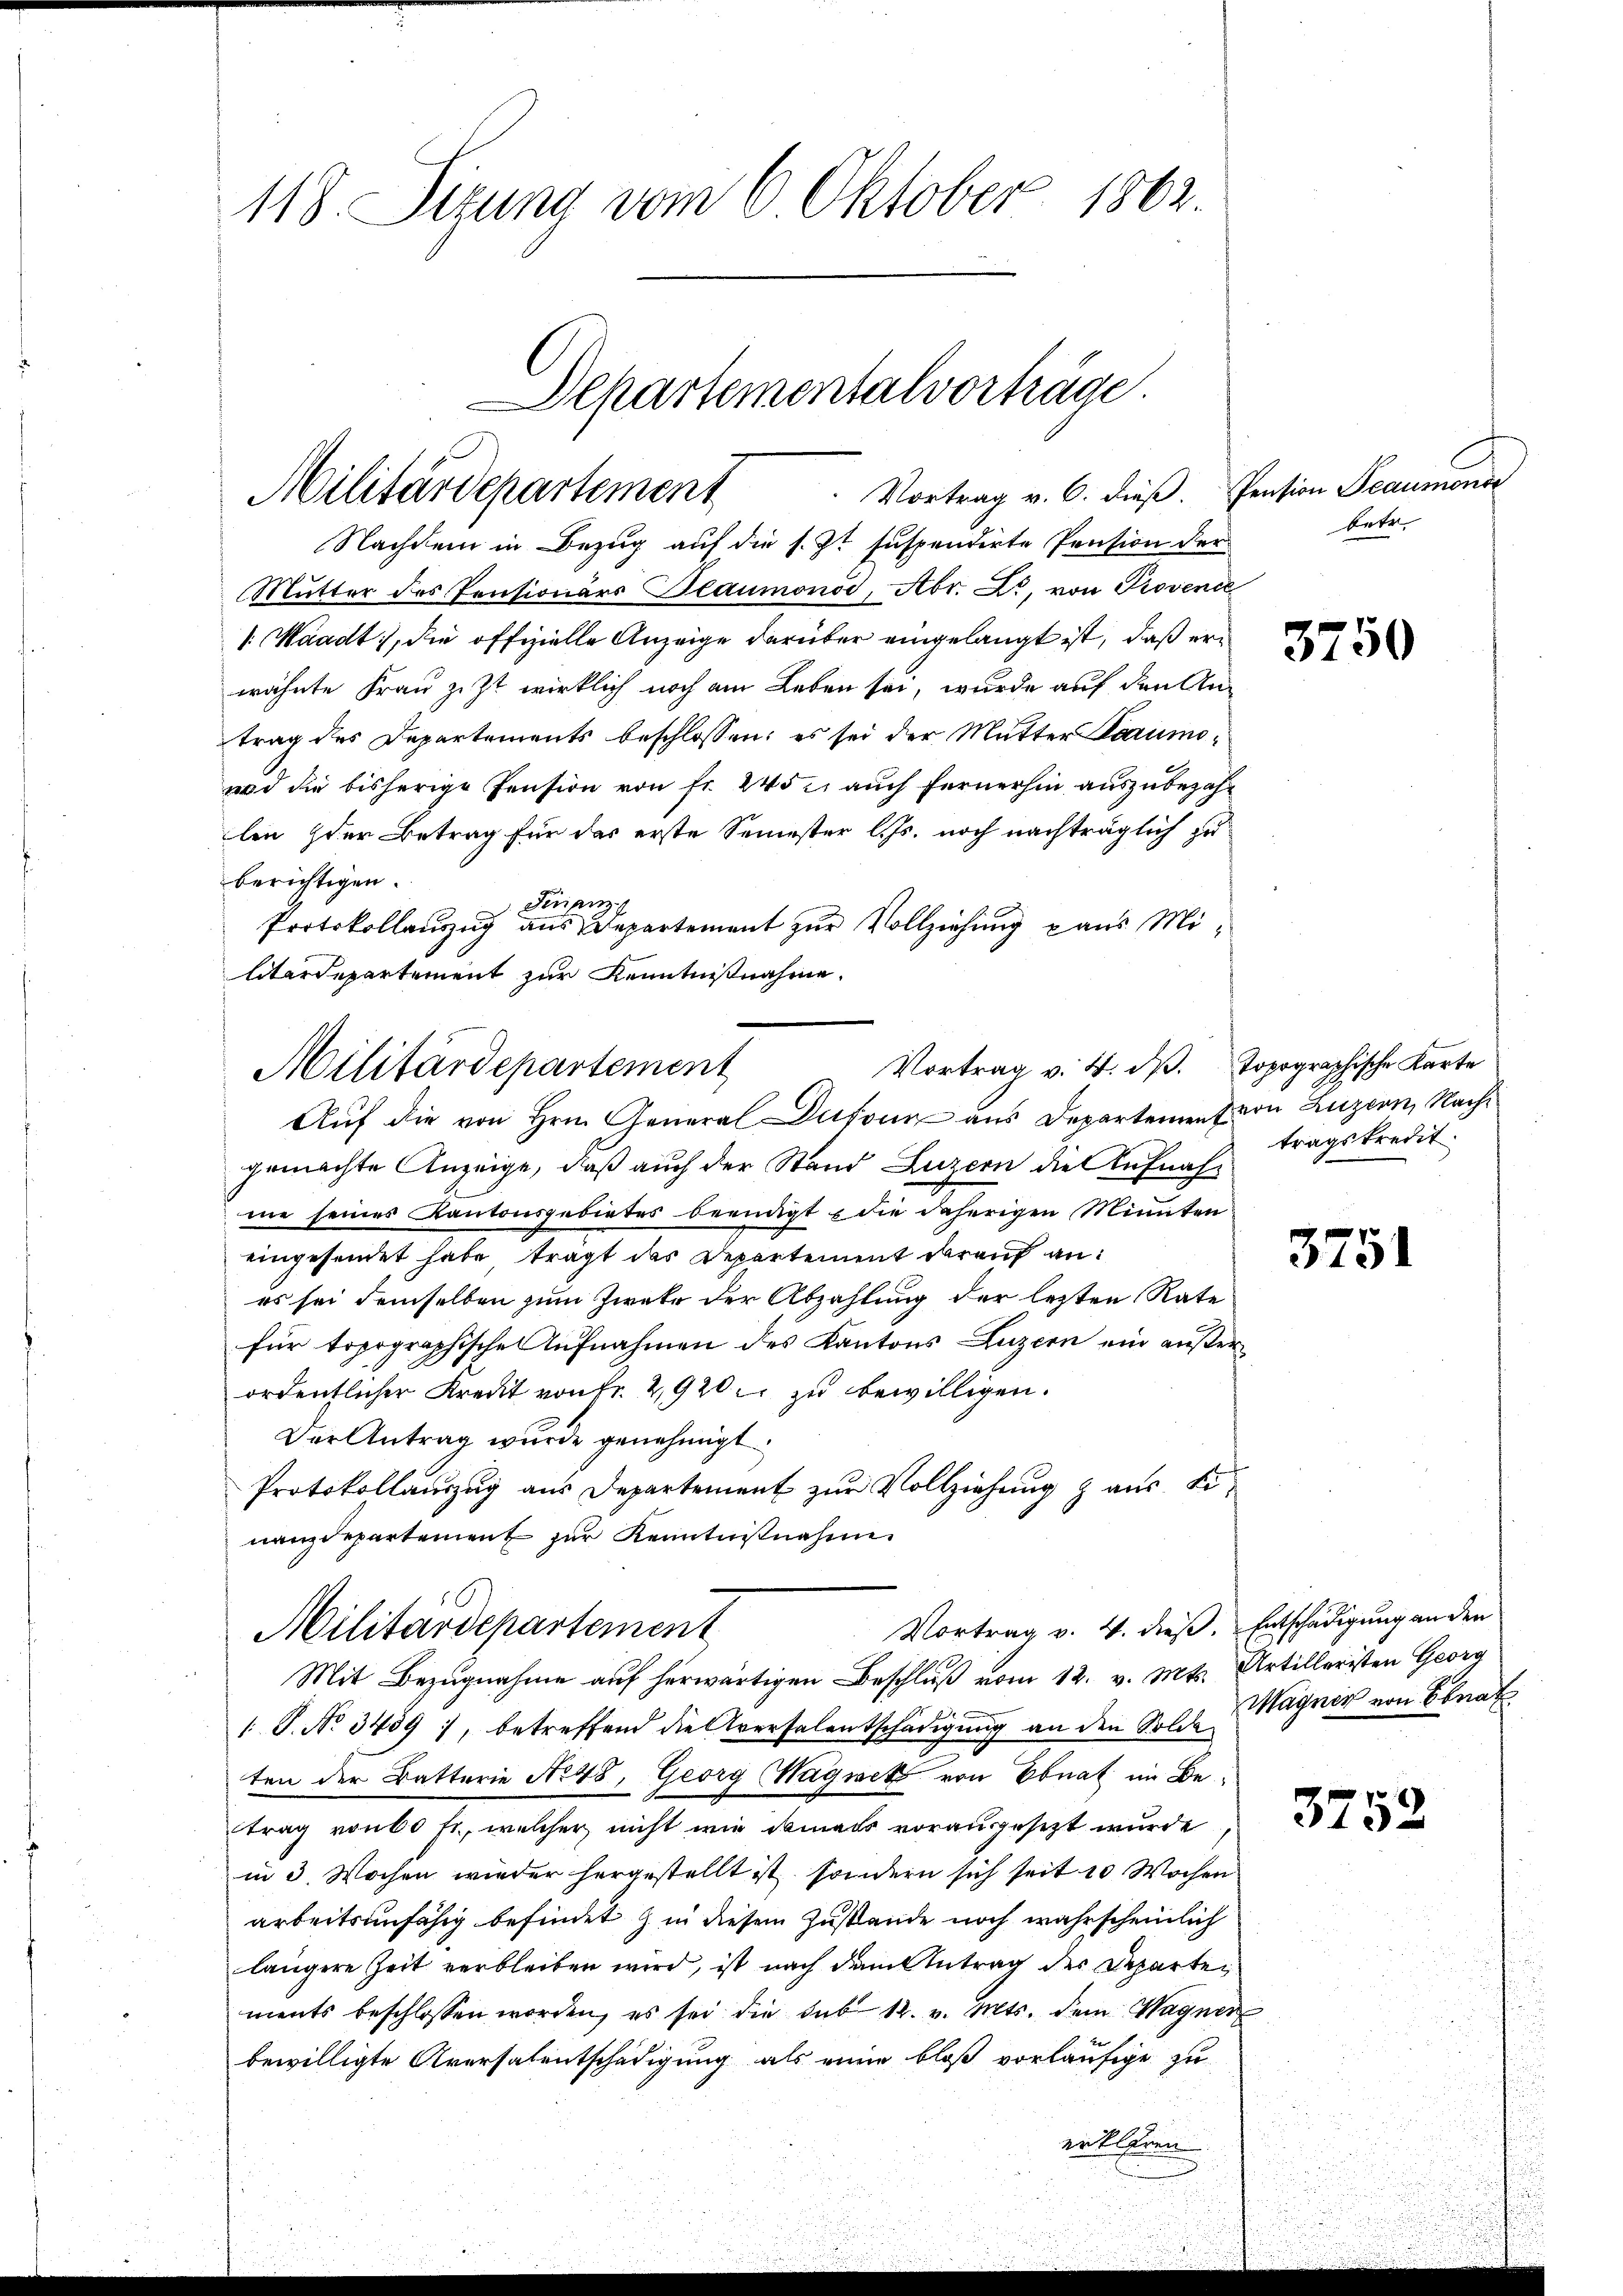
118. Sizung vom 6 Oktober 1862.

Departementalvorträge
Vortrag v. 6. dieβ. Pension Beaumonoc
Militärdepartement

Nachdem in Bezug auf die s. Zt. suspendirte Pension der
Mutter des Pensionärs Blaumonod, Abr. Xr, von Provenie
1: Waadt, die offizielle Anzeige darüber eingelangt ist, daß erwähnte Frau Zizt wirklich noch am Leben sei, wurde auf den Antrag des Departements beschlossen: es sei der Mutter Beaumo¬
und die bisherige Pension von fr. 245 auch fernerhin auszubezahlen der Betrag für das erste Semester l. Js. noch nachträglich zu
berichtigen.
 Finanz
Protokollauszug aus Departement zur Vollziehung aus Militärdepartement zur Kenntnisnahme
gemachte Anzeige, daß auch der Stand Luzern die Aufnahme seines Kantonsgebietes beendigt, die daherigen Minuten
eingesendet habe, trägt das Departement darauf an:
es sei demselben zum Zwete der Abzahlung der lezten Rate
für topographische Aufnahmen des Kantons Luzern ein außerordentlicher Kreut von Fr. 2920 zu bewilligen.
Der Antrag wurde genehmigt.
Protokollauszug aus Departement zur Vollziehung & aus einanzdepartement zur Kenntnißnahme
Vortrag v. 4. dieß. Entschädigung an den
Militärdepartement
Mit Bezugnahme auf herwärtigen Beschluß vom 12. v. Mts. Artilleristen Georg
 P. No 3439), betreffend die Aversalentschädigung an den Soll Magnis von Ebnat
ten der Batterie No 48, Georg Wagnet von Ebnat im Betrag von 60 fl, welcher nicht wie damals vorausgesezt wurde
in 3. Wochen wieder hergestellt ist, sondern sich seit 10 Wochen
arbeitsunfähig befindet & in diesem Zustande noch wahrscheinlich
längere Zeit verbleiben wird, ist nach dem Antrag der Departen
ments beschlossen worden, es sei die sub 12. v. Mts. dem Wagner
bewilligte Aversalentschädigung als eine bloß vorläufige zu
erklären

Vortrag v. 4. dβ. topographische Karte
Militärdepartement
Auf die von Hrn. General Dufour aus Departement von Luzern, Nach¬

betr.

3750

tragskredit

3751

3752